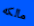
مالكه